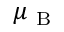
\mu _ { \mathrm { ~ B ~ } }